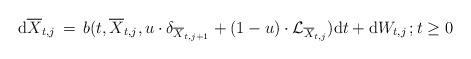
LaTeX: \begin{align*} {\mathrm d} \overline{X}_{t, j} \, =\, b( t, \overline{X}_{t, j}, u \cdot \delta_{ \overline{X}_{t, j+1}} + ( 1- u) \cdot \mathcal L_{ \overline{X}_{t, j}} ) {\mathrm d} t + {\mathrm d} W_{t, j} \, ; t \ge 0 \, \end{align*}